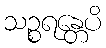
သဉ္စရန္တေပိ